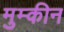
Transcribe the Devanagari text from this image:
मुम्कीन